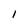
Character: 1